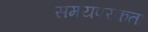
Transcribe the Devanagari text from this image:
समयपरकता